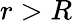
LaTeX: r>R